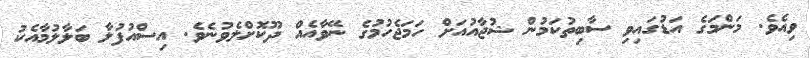
ވިއެވެ. މަންމަގެ އަޑުގައިވި ސާބިތުކަމުން ޝުޖާއުއަށް ހަމަޖެހުމުގެ ނޭވާއެއް ދޫކޮށްލެވުނެވެ. އިސްއުފުލާ ބަލާލުމާއެކު